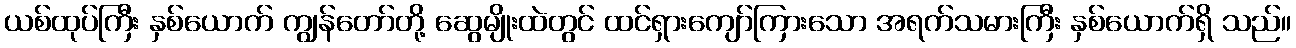
ယစ်ထုပ်ကြီး နှစ်ယောက် ကျွန်တော်တို့ ဆွေမျိုးထဲတွင် ထင်ရှားကျော်ကြားသော အရက်သမားကြီး နှစ်ယောက်ရှိ သည်။